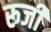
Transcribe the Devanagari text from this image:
रूजी